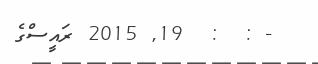
- :  :  19